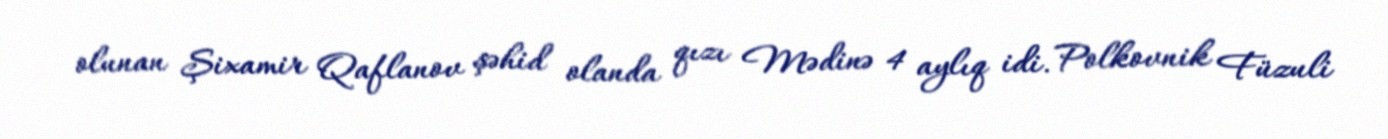
olunan Şixamir Qaflanov şəhid olanda qızı Mədinə 4 aylıq idi. Polkovnik Füzuli